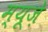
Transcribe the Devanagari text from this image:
म्यूज़े